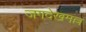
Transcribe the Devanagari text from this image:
जगदेखमल्ल